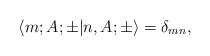
\begin{align*}\langle m; A;\pm |n, A; \pm \rangle = \delta_{mn},\end{align*}